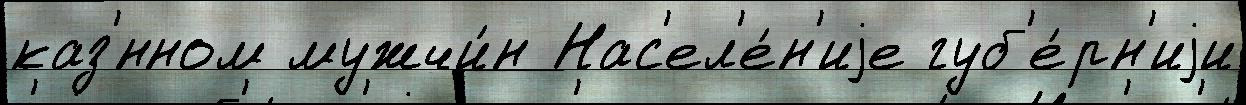
каз'́нном мужчи́н Нас'ел'е́н'иjе губ'е́рн'иjи